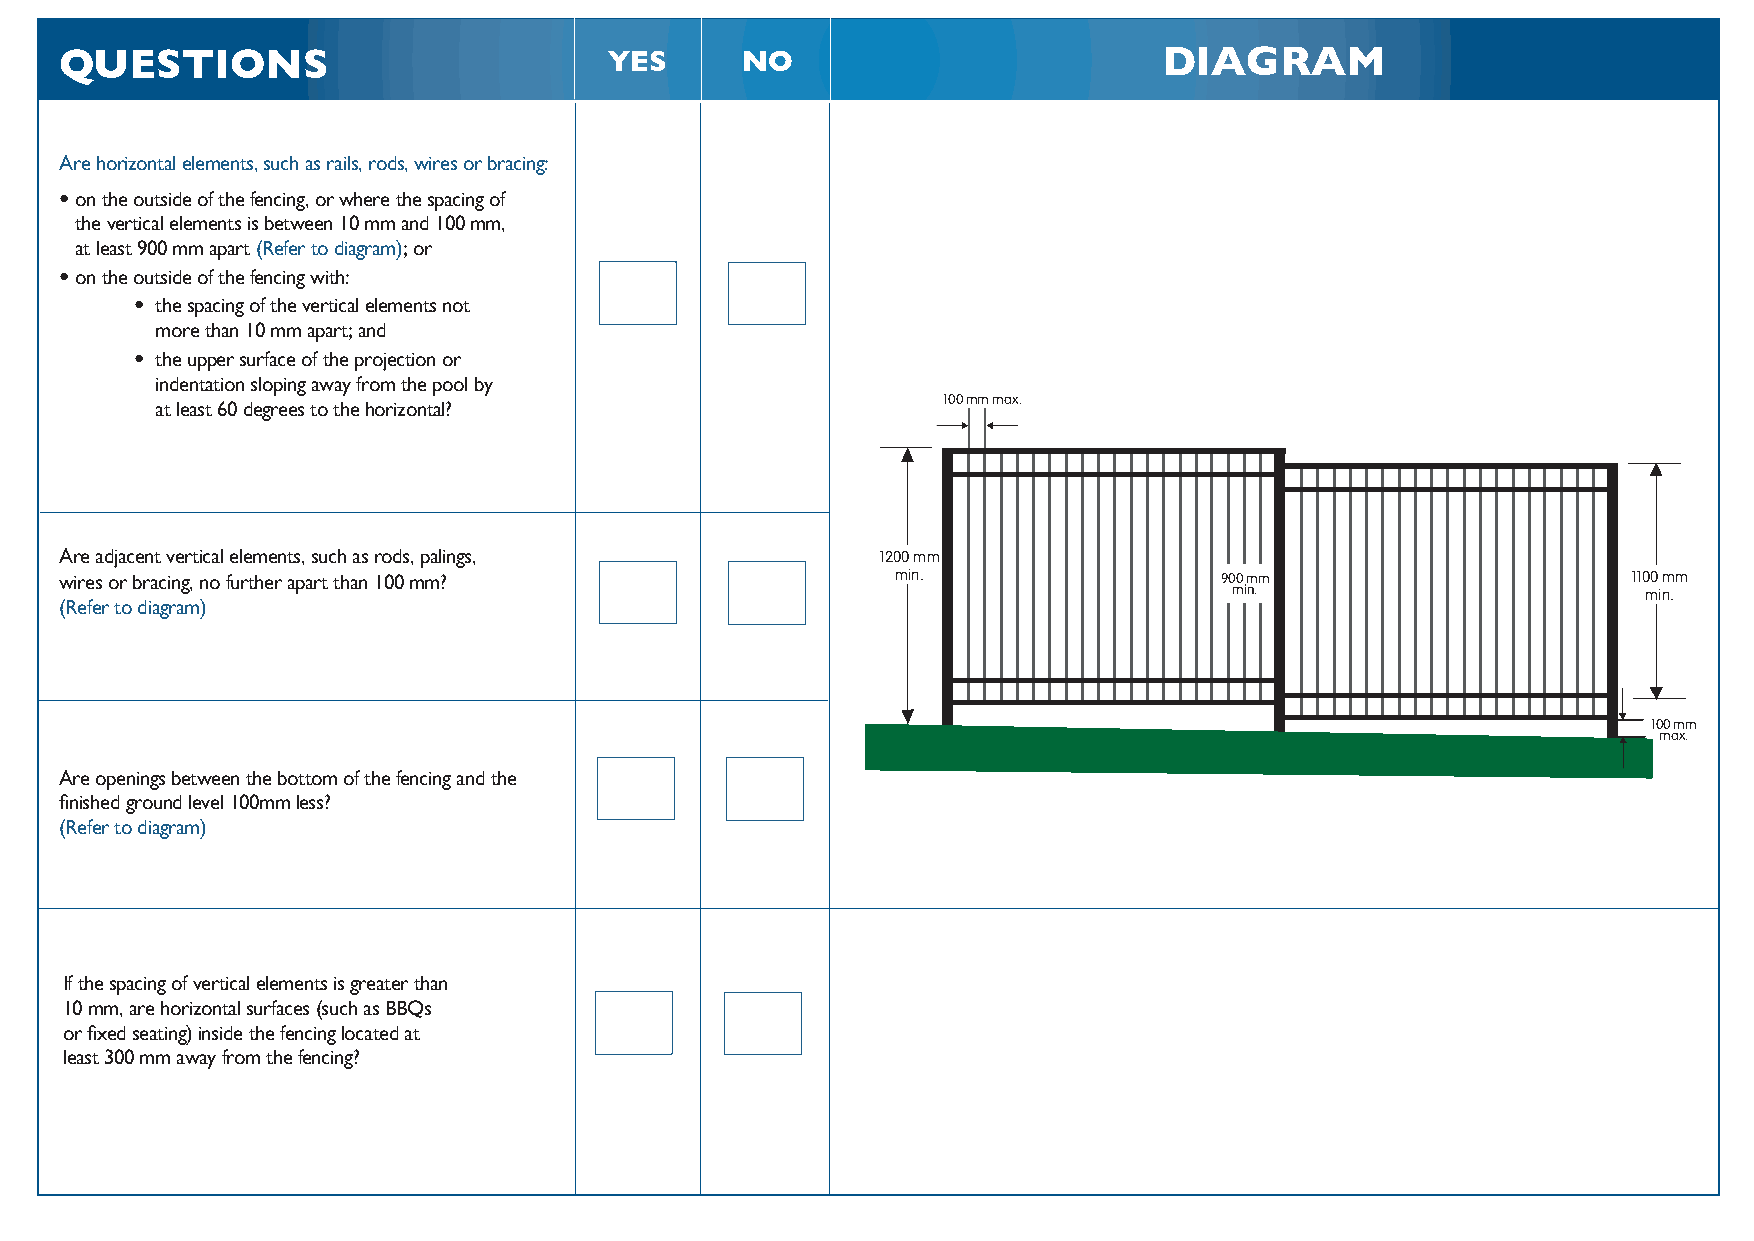
QUESTIONS                           YES      NO                          DIAGRAM
 Are horizontal elements, such as rails, rods, wires or bracing:
 •on the outside of the fencing, or where the spacing of
 the vertical elements is between 10 mm and 100 mm,
 at least 900 mm apart (Refer to diagram); or
 •on the outside of the fencing with:
 • the spacing of the vertical elements not
 more than 10 mm apart; and
 • the upper surface of the projection or
 indentation sloping away from the pool by
 at least 60 degrees to the horizontal?              100 mm max.
 Are adjacent vertical elements, such as rods, palings, 1200 mm
 wires or bracing, no further apart than 100 mm?        min.                  900 mm                     1100 mm
 min.                       min.
 (Refer to diagram)
 100 mm
 max.
 Are openings between the bottom of the fencing and the
 finished ground level 100mm less?
 (Refer to diagram)
 If the spacing of vertical elements is greater than
 10 mm, are horizontal surfaces (such as BBQs
 or fixed seating) inside the fencing located at
 least 300 mm away from the fencing?